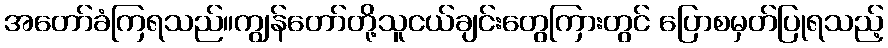
အတော်ခံကြရသည်။ကျွန်တော်တို့သူငယ်ချင်းတွေကြားတွင် ပြောစမှတ်ပြုရသည့်